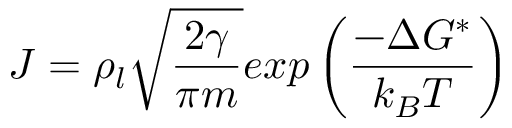
J = \rho _ { l } \sqrt { \frac { 2 \gamma } { \pi m } } e x p \left( \frac { - \Delta G ^ { * } } { k _ { B } T } \right)